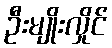
ဦးမျိုးလှိုင်